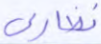
نصارى